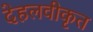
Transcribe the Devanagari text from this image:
देहलवीकृत